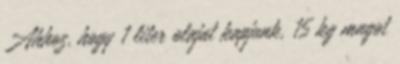
Ahhoz, hogy 1 liter olajat kapjunk, 15 kg magot